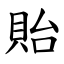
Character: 貽